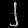
Digit: ၂